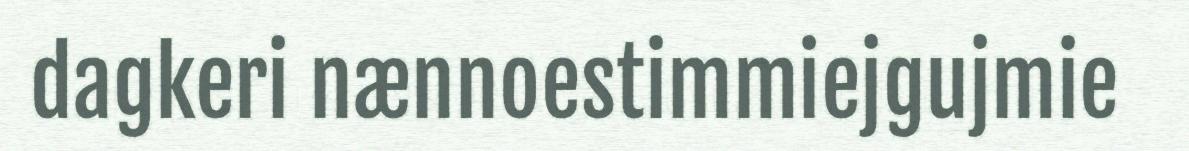
dagkeri nænnoestimmiejgujmie